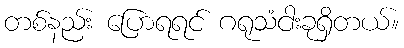
တစ်နည်း ပြောရရင် ဂရုသံငါးခုရှိတယ်။